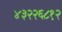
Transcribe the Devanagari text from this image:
४३२२६८१२